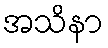
အသိနာ